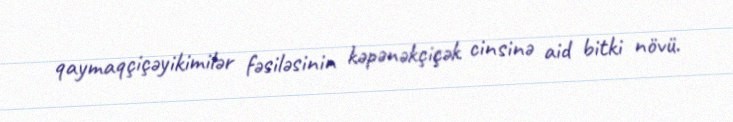
qaymaqçiçəyikimilər fəsiləsinin kəpənəkçiçək cinsinə aid bitki növü.